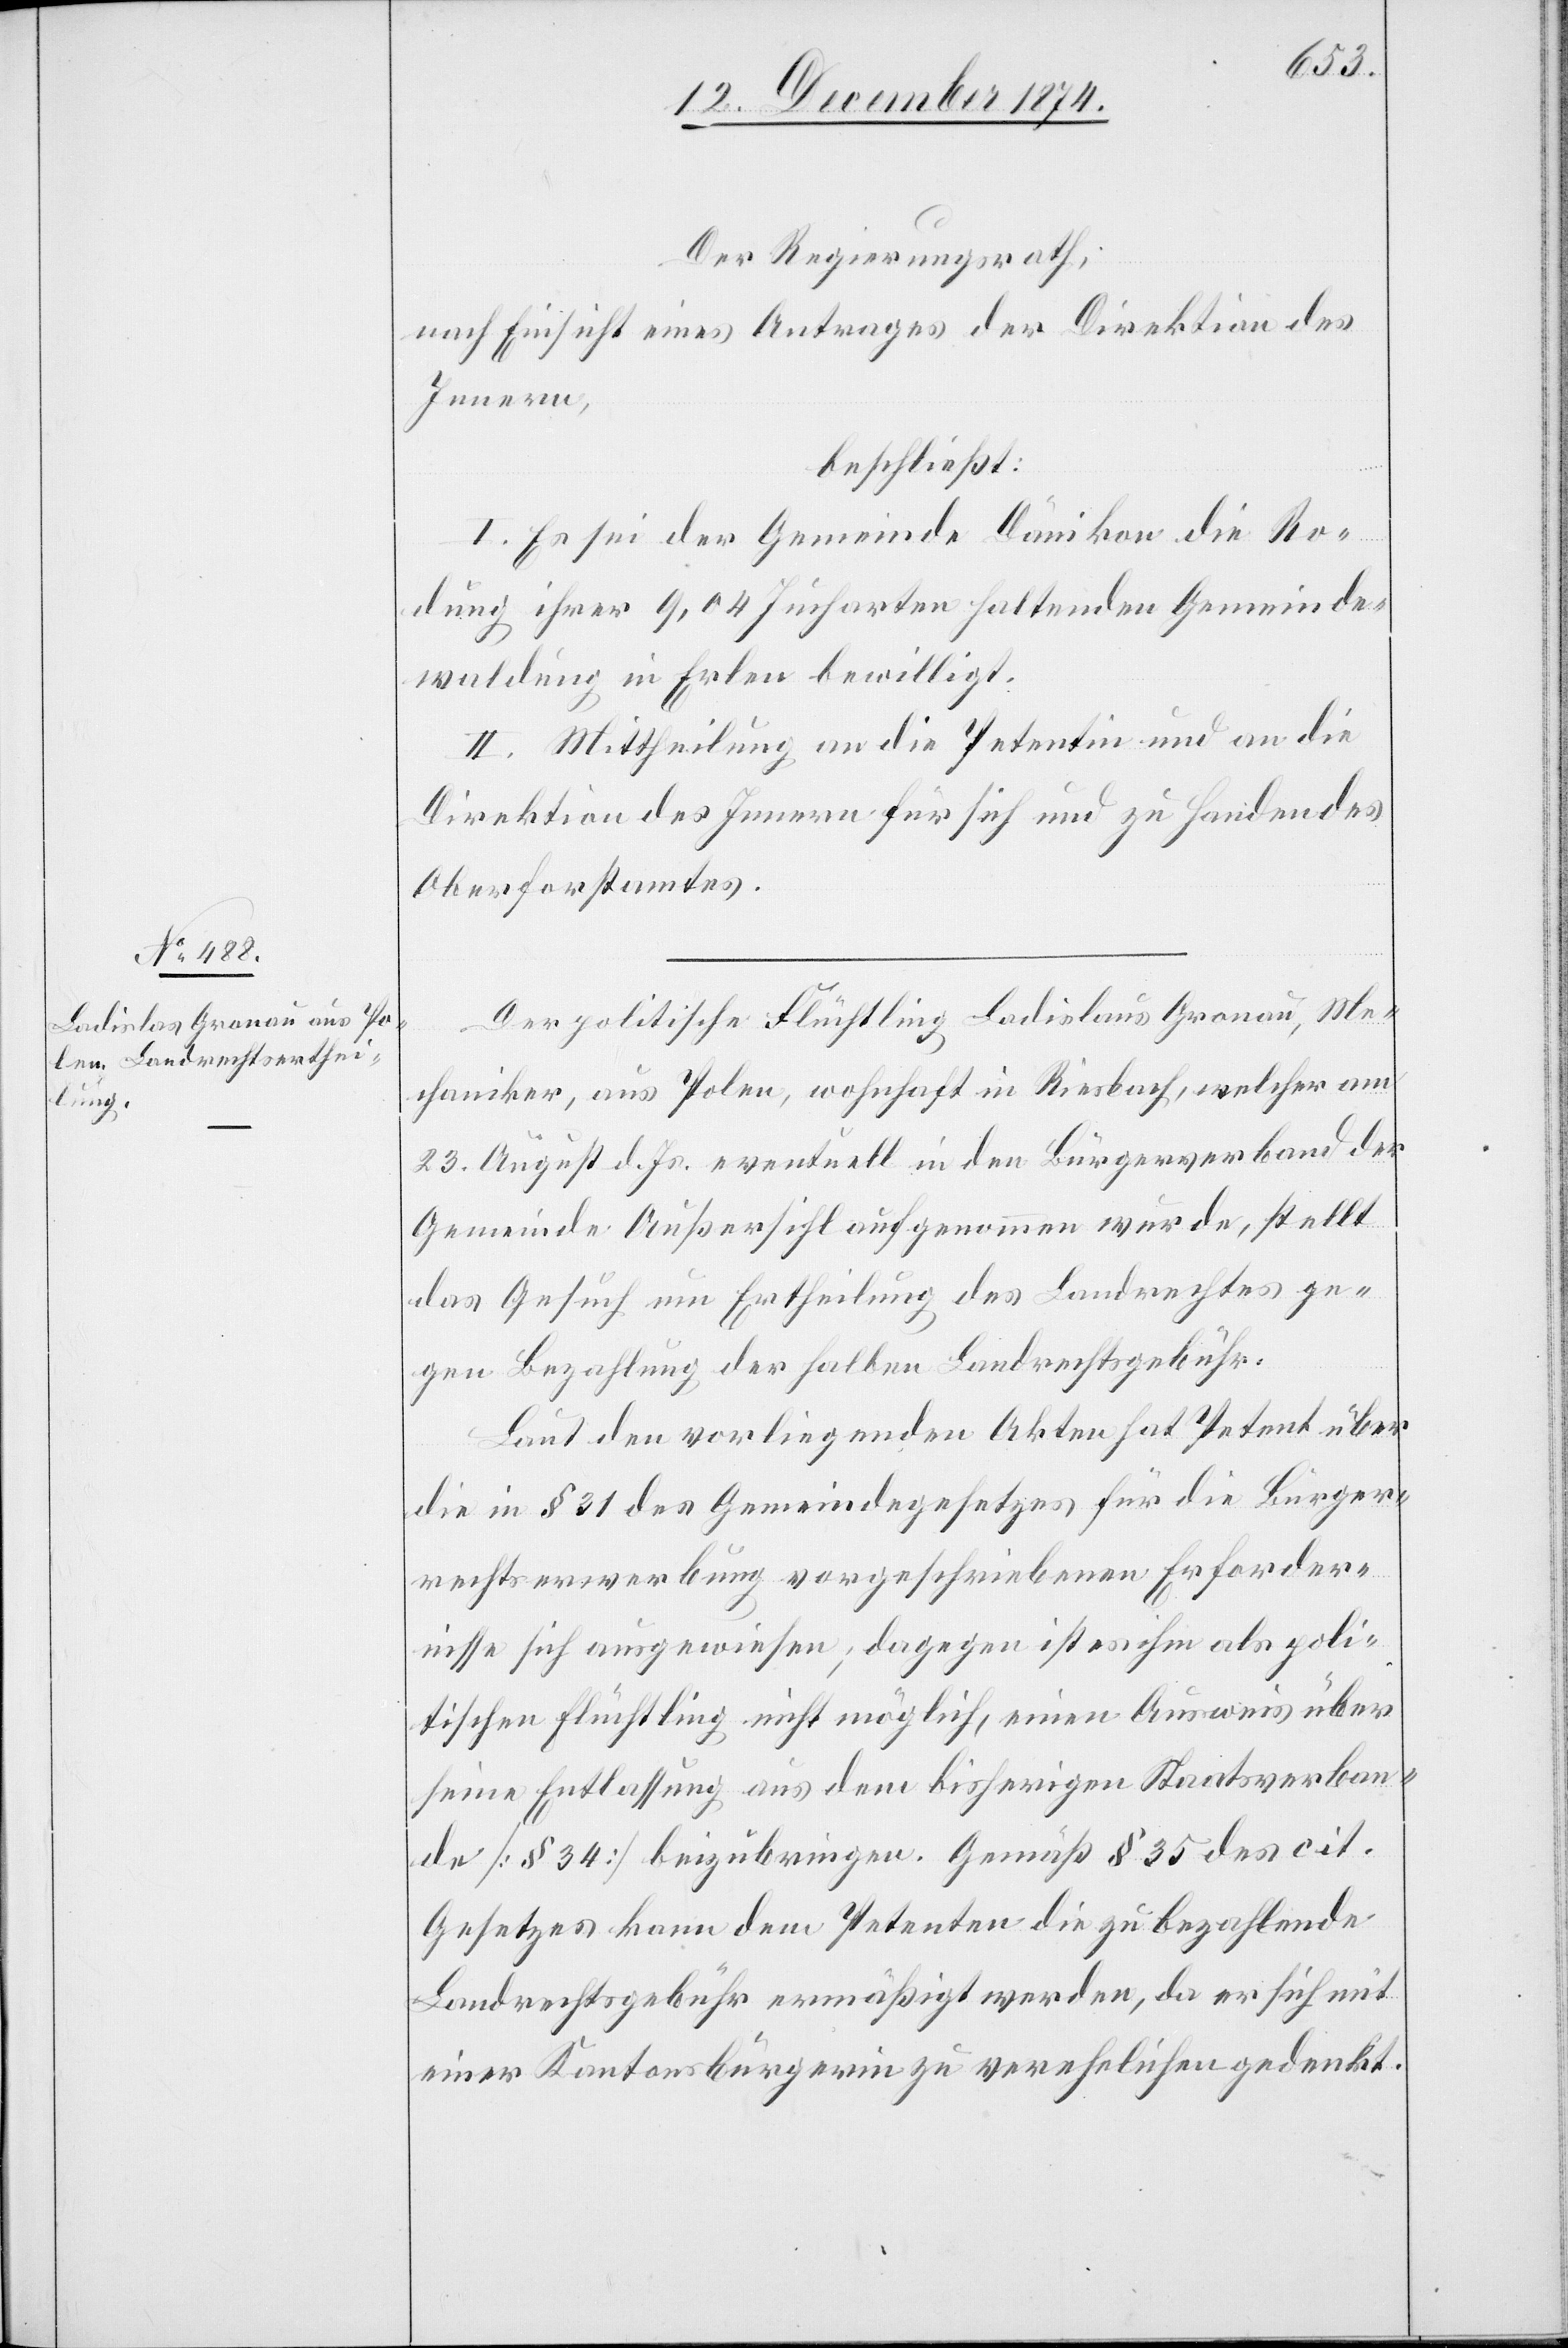
Der Regierungsrath,
nach Einsicht eines Antrages der Direktion des
Innern,
beschließt:
I. Es sei der Gemeinde Dänikon die Ro¬
dung ihrer 9,04 Jucharten haltenden Gemeinde¬
waldung in Erlen bewilligt.
II. Mittheilung an die Petentin und an die
Direktion des Innern für sich und zu Handen des
Oberforstamtes.
Der politische Flüchtling Ladislaus [sic!] Gronau, Me¬
chaniker, aus Polen, wohnhaft in Riesbach, welcher am
23. August d. Js. eventuell in den Bürgerverband der
Gemeinde Außersihl aufgenommen wurde, stellt
das Gesuch um Ertheilung des Landrechtes ge¬
gen Bezahlung der halben Landrechtsgebühr.
Laut den vorliegenden Akten hat Petent über
die in § 31 des Gemeindegesetzes für die Bürger¬
rechtserwerbung vorgeschriebenen Erforder¬
nisse sich ausgewiesen; dagegen ist es ihm als poli¬
tischen Flüchtling nicht möglich, einen Ausweis über
seine Entlassung aus dem bisherigen Staatsverban¬
de [§ 34] beizubringen. Gemäß § 35 des cit.
Gesetzes kann dem Petenten die zu bezahlende
Landrechtsgebühr ermäßigt werden, da er sich mit
einer Kantonsbürgerin zu verehelichen gedenkt.